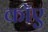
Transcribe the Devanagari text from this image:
काॅए